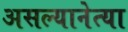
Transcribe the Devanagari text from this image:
असल्यानेत्या